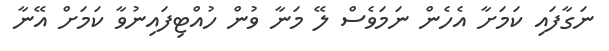
ނަގާފައި ކަމަށާ އެހެން ނަމަވެސް ލޭ މަނާ ވުން ހުއްޓިފައިނުވާ ކަމަށް އޭނާ